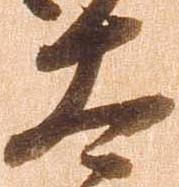
太